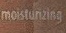
Moistunzing